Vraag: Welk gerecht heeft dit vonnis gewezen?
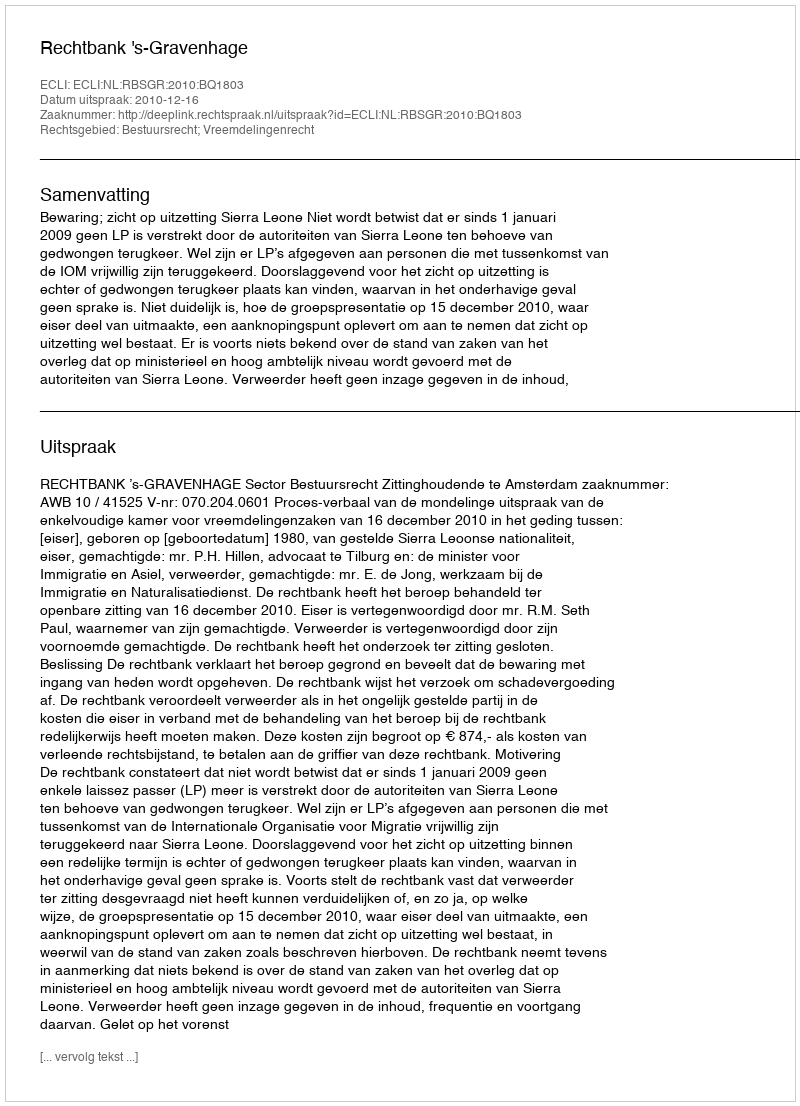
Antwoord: Rechtbank 's-Gravenhage